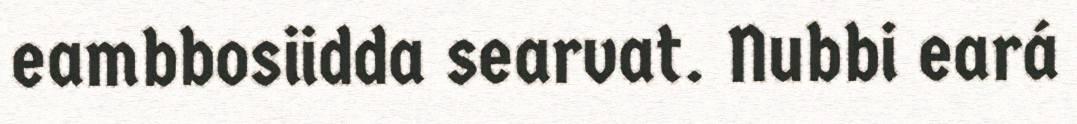
eambbosiidda searvat. Nubbi eará